Civil Veterinary Dept. Bombay admin report 1893-99 - 1893-1899
Year: 1893
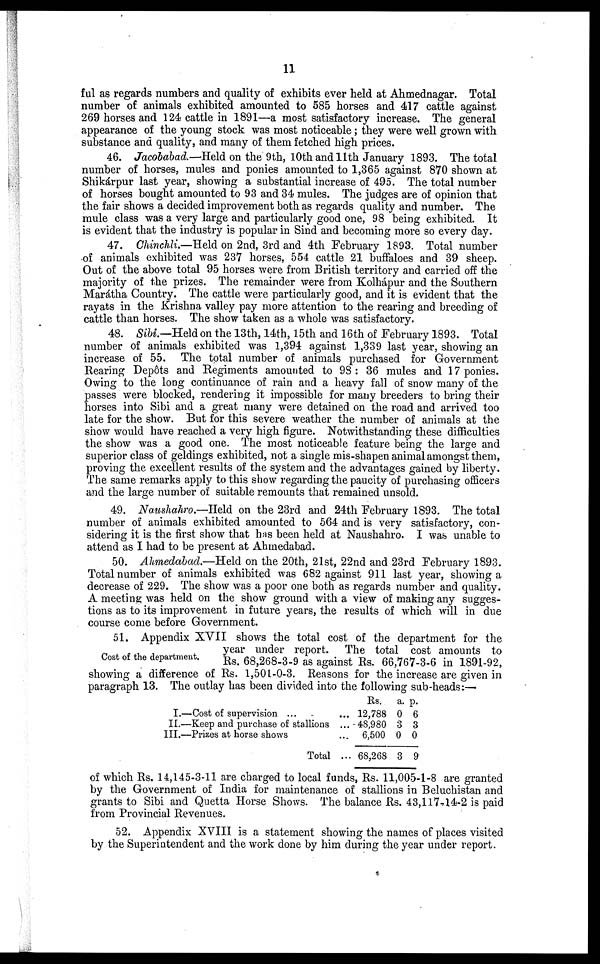
11
ful as regards numbers and quality of exhibits ever held at Ahmednagar. Total
number of animals exhibited amounted to 585 horses and 417 cattle against
269 horses and 124 cattle in 1891—a most satisfactory increase. The general
appearance of the young stock was most noticeable; they were well grown with
substance and quality, and many of them fetched high prices.
46. Jacobabad.—Held on the 9th, 10th and 11th January 1893. The total
number of horses, mules and ponies amounted to 1,365 against 870 shown at
Shikárpur last year, showing a substantial increase of 495. The total number
of horses bought amounted to 93 and 34 mules. The judges are of opinion that
the fair shows a decided improvement both as regards quality and number. The
mule class was a very large and particularly good one, 98 being exhibited. It
is evident that the industry is popular in Sind and becoming more so every day.
47. Chinchli.—Held on 2nd, 3rd and 4th February 1893. Total number
of animals exhibited was 237 horses, 554 cattle 21 buffaloes and 39 sheep.
Out of the above total 95 horses were from British territory and carried off the
majority of the prizes. The remainder were from Kolhápur and the Southern
Marátha Country. The cattle were particularly good, and it is evident that the
rayats in the Krishna valley pay more attention to the rearing and breeding of
cattle than horses. The show taken as a whole was satisfactory.
48. Sibi.— Held on the 13th, 14th, 15th and 16th of February 1893. Total
number of animals exhibited was 1,394 against 1,339 last year, showing an
increase of 55. The total number of animals purchased for Government
Rearing Depôts and Regiments amounted to 98 : 36 mules and 17 ponies.
Owing to the long continuance of rain and a heavy fall of snow many of the
passes were blocked, rendering it impossible for many breeders to bring their
horses into Sibi and a great many were detained on the road and arrived too
late for the show. But for this severe weather the number of animals at the
show would have reached a very high figure. Notwithstanding these difficulties
the show was a good one. The most noticeable feature being the large and
superior class of geldings exhibited, not a single mis-shapen animal amongst them,
proving the excellent results of the system and the advantages gained by liberty.
The same remarks apply to this show regarding the paucity of purchasing officers
and the large number of suitable remounts that remained unsold.
49. Naushahro.—Held on the 23rd and 24th February 1893. The total
number of animals exhibited amounted to 564 and is very satisfactory, con-
sidering it is the first show that has been held at Naushahro. I was unable to
attend as I had to be present at Ahmedabad.
50. Ahmedabad.—Held on the 20th, 21st, 22nd and 23rd February 1893.
Total number of animals exhibited was 682 against 911 last year, showing a
decrease of 229. The show was a poor one both as regards number and quality.
A meeting was held on the show ground with a view of making any sugges-
tions as to its improvement in future years, the results of which will in due
course come before Government.
Cost of the department.
51. Appendix XVII shows the total cost of the department for the
year under report. The total cost amounts to
Rs. 68,268-3-9 as against Rs. 66,767-3-6 in 1891-92,
showing a difference of Rs. 1,501-0-3. Reasons for the increase are given in
paragraph 13. The outlay has been divided into the following sub-heads:—
I.—Cost of supervision ...
...
II.—Keep and purchase of stallions
...
III.—Prizes at horse shows
...
Total ...
Rs.
12,788
48,980
6,500
68,268
a.
0
3
0
3
p.
6
3
0
9
of which Rs. 14,145-3-11 are charged to local funds, Rs. 11,005-1-8 are granted
by the Government of India for maintenance of stallions in Beluchistan and
grants to Sibi and Quetta Horse Shows. The balance Rs. 43,117-14-2 is paid
from Provincial Revenues.
52. Appendix XVIII is a statement showing the names of places visited
by the Superintendent and the work done by him during the year under report.